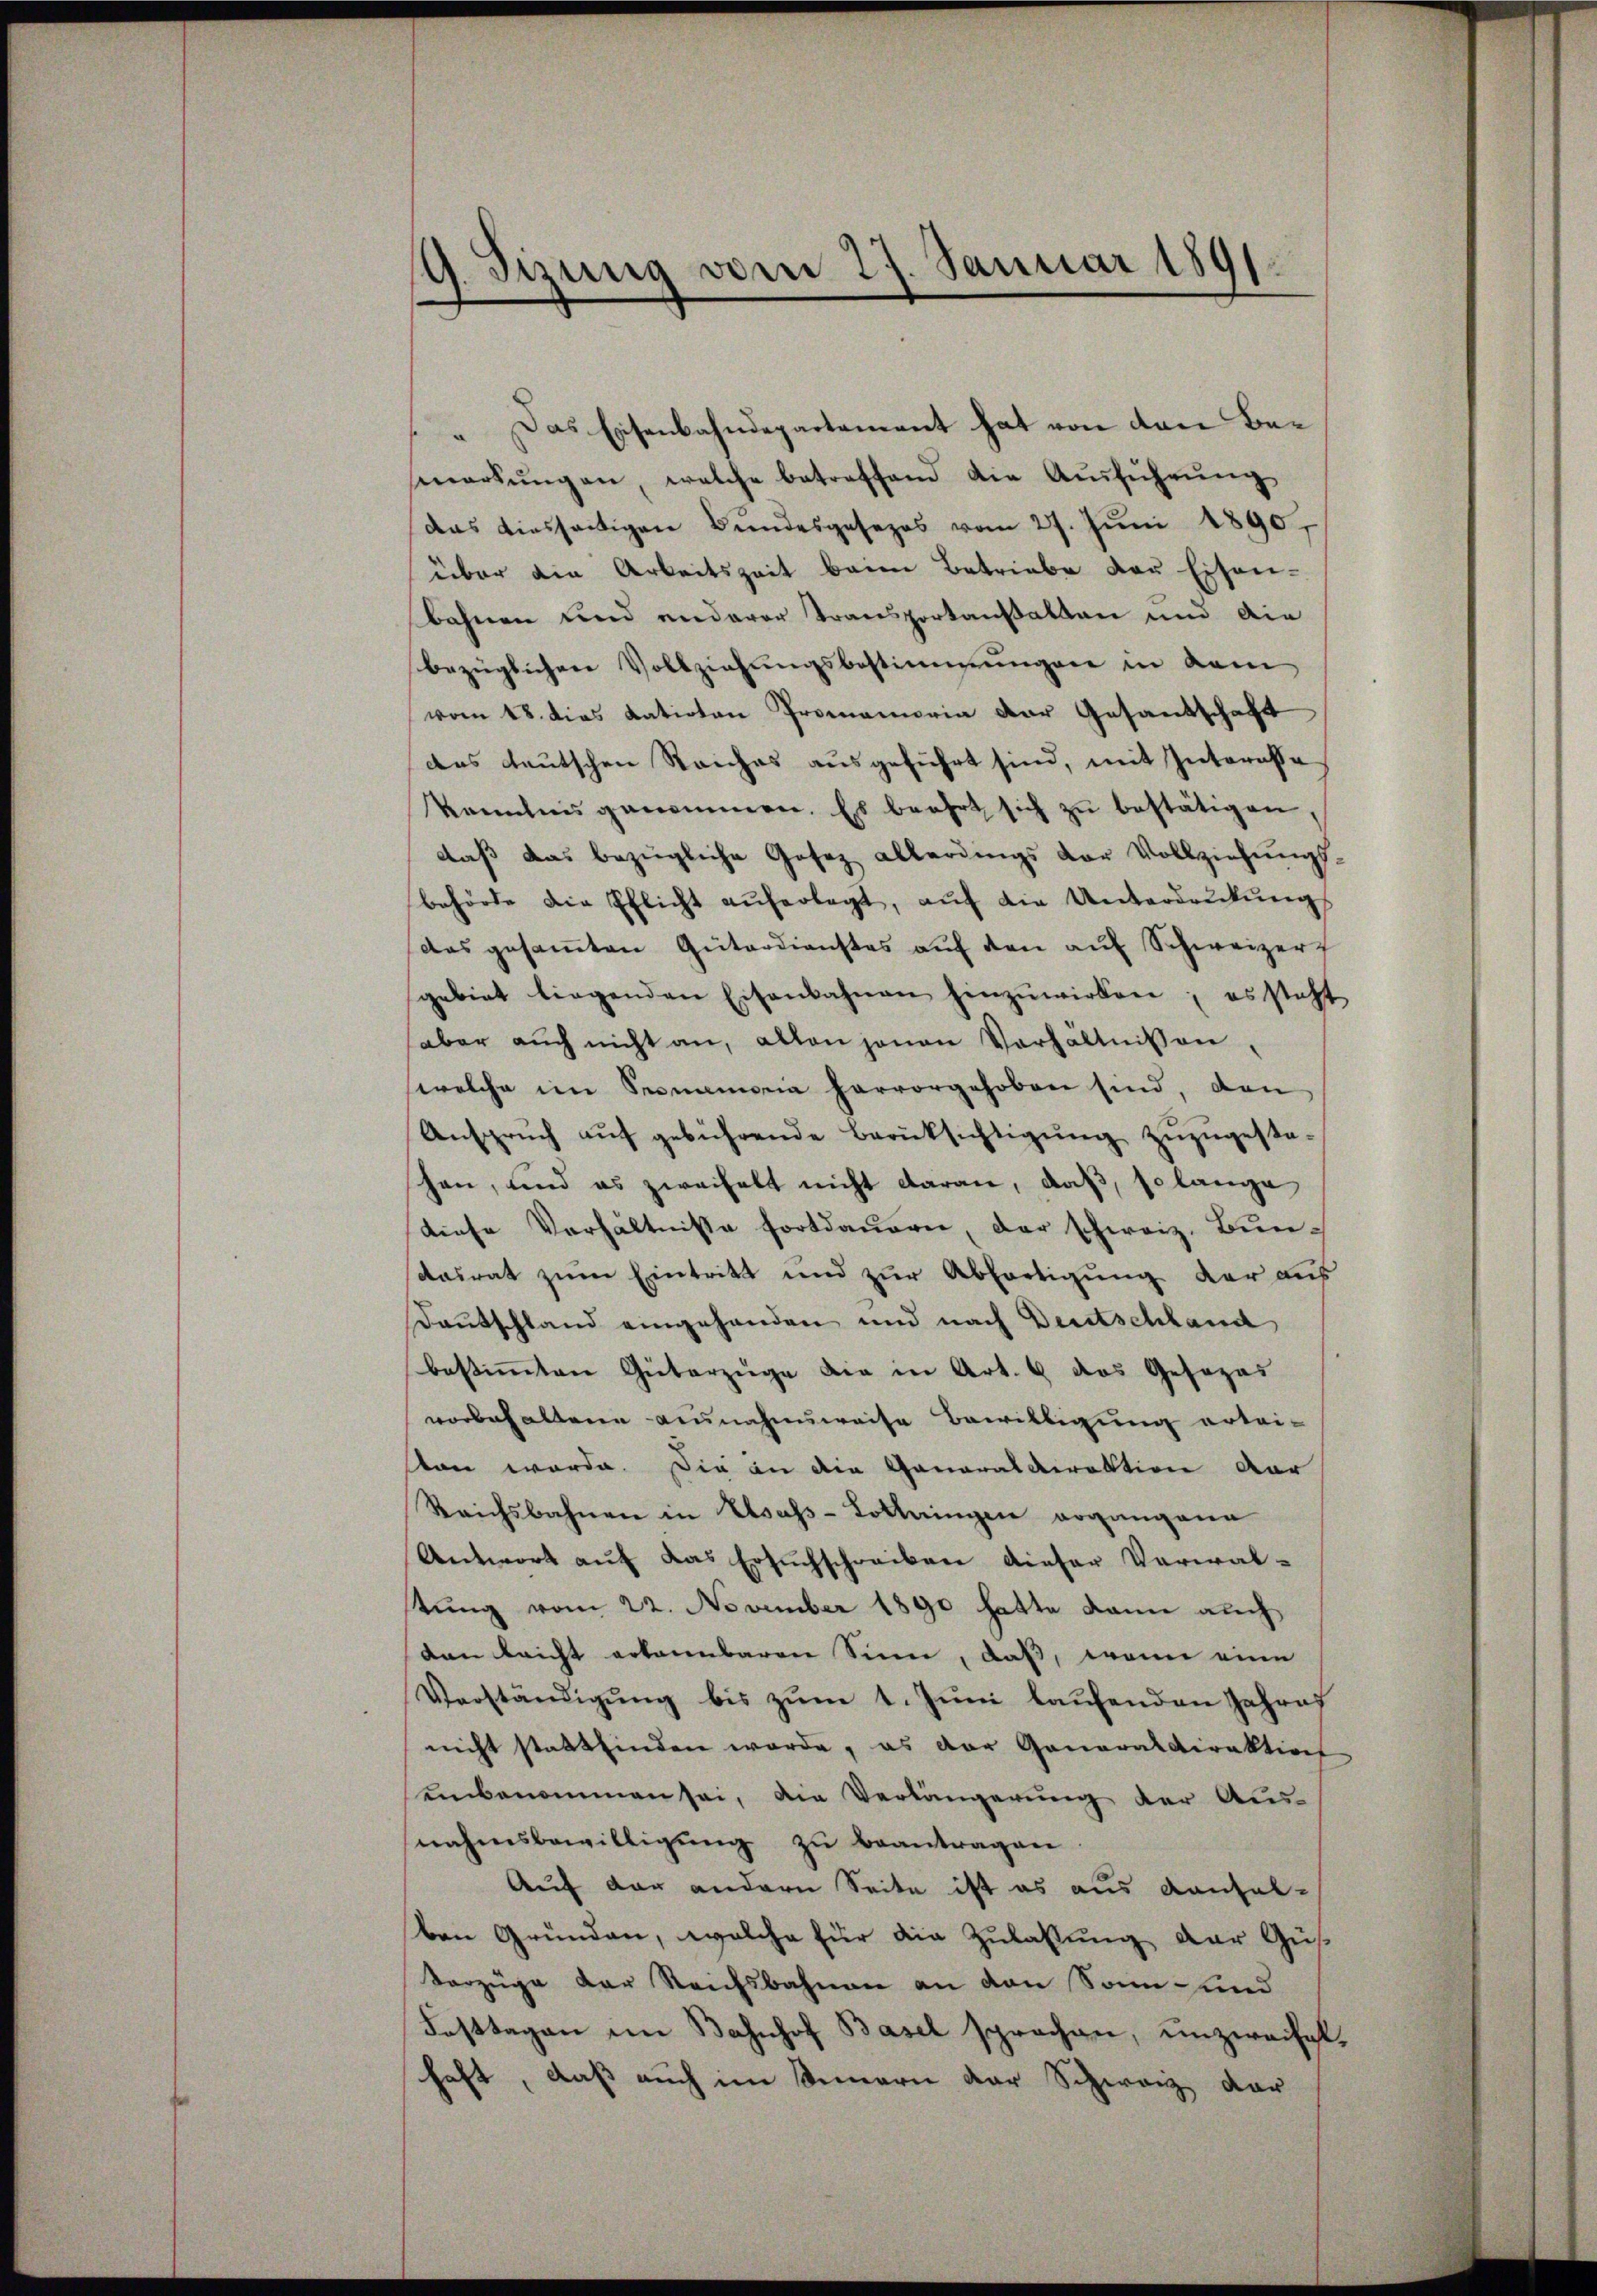
9. Sizung vom 27. Januar 1891.

Das Eisenbahndepartement hat von den Beg
markŭngen, welche betreffend die Aŭsführŭng
das diesseitigen Bŭndesgesezes vom 27. Jŭni 1890,
über die Arbeitszeit beim Betriebe der Eisen-
bahnen und anderer Transportansalten und die
bezüglichen Vollziehungsbestimmungen in dem
vom 18. dies datirten Promemoria der Gesandschaft
das deutschen Reiches ausgeführt sind, mit Interasse
kenntnis genommen. Es beehrt sich zŭ bestätigen,
daß das bezügliche Gesez allerdings der Vollziehungs-
behörte die Pflicht aŭferlegt, aŭf die Unterdrŭkŭng
das gesamten Güterdienstes auf den auf Schweizer
gebiet liegenden Eisenbahnen hinzuwirken; es steht
aber aŭch nicht an, allen jenen Verhältnissen.
welche im Senamoria hervorgehoben sind, den
Ansprŭch aŭf gebührende Berücksichtigŭng zŭzŭgesta-
hen, und es zweifelt nicht daran, daß, so lange
diese Verhältnisse fortdauern, der schweiz. Bundasrat zum Eintritt und zur Abfertigung der aus
Deutschland eingehanden und nach Deutschland
bestimmten Güterzüge die in Art. 6 das Gesezes
vorbehaltene Ausnahmsweise Bewilligung ertei-
ston werde. Die an die Ganaraldirektion dar
Reichsbahnen in Usass-Lottingen organgene
Antwort auf das Ersuchschreiben dieser Verwaltung vom 22. November 1890 hatte kann auch
Dan leicht erkennbaren Sinne, daß, wenn eine
Verständigŭng bis zŭm 1. Jŭni laŭfenden Jahres
nicht stattfinden werde, es der Generaldirektion
einbenommen sei, die Verlängerung der Aus-
nahmsbewilligung zu beantragen
Auf der andern Seite ist es aus Kanalben Gründen, welche für die Zulassung der Güs¬
Vorzüge der Reichsbahnen an den Sonn- und
Fasttagen im Bahnhof Basel sprachen, unzweifel,
haft, daß auch im Sinnern der Schwarz dar